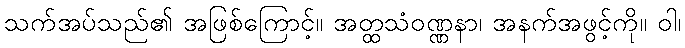
သက်အပ်သည်၏ အဖြစ်ကြောင့်။ အတ္ထသံဝဏ္ဏနာ၊ အနက်အဖွင့်ကို။ ဝါ၊